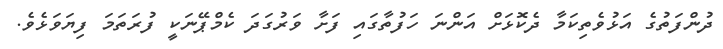
ދުންފަތުގެ އަޅުވެތިކަމާ ދެކޮޅަށް އަންނަ ހަފުތާގައި ފަށާ ވަރުގަދަ ކެމްޕޭނަކީ ފުރަތަމަ ފިޔަވަޅެވެ.